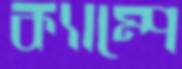
ক্যাম্পে